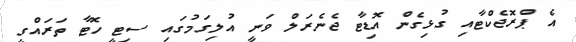
އެ ޕްރޮޖެކްޓާއި ގުޅިގެން އޮޑިޓާ ޖެނެރަލް ވަނީ އުލިގަމުގައި ސިޓީ ހޮޓާ ތަރައްގީ